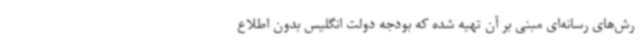
رش‌های رسانه‌ای مبنی بر آن تهیه شده که بودجه دولت انگلیس بدون اطلاع